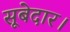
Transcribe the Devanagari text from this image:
सूबेदार।